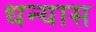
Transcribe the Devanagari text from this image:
धन्यास